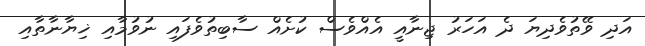
އަދި ވޭތުވެދިޔަ ދެ އަހަރު ޖިނާއީ އެއްވެސް ކުށެއް ސާބިތުވެފައި ނުވުމާއި ޚިޔާނާތާއި